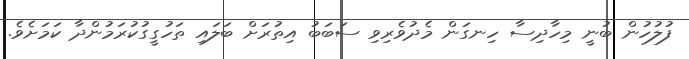
ފުލުހުން ބުނީ މިހާދިސާ ހިނގަން މެދުވެރިވި ސަބަބު އިތުރަށް ބަލައި ތަހުގީގުކުރަމުންދާ ކަމަށެވެ.